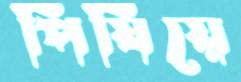
পিষিয়ে